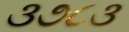
૩૭૮૩